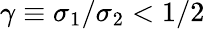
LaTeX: \gamma\equiv\sigma_{1}/\sigma_{2}<1/2